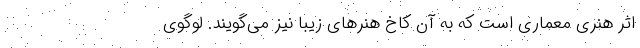
اثر هنری معماری است که به آن کاخ‌ هنرهای زیبا نیز می‌گویند. لوگوی